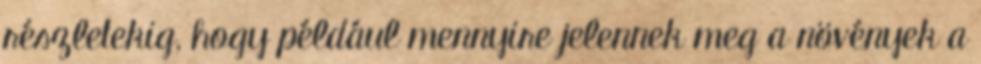
részletekig, hogy például mennyire jelennek meg a növények a